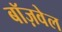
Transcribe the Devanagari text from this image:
बॉज़वेल